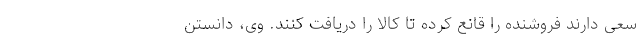
سعی دارند فروشنده را قانع کرده تا کالا را دریافت کنند. وی، دانستن